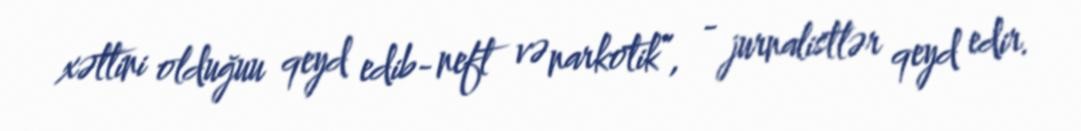
xəttini olduğuu qeyd edib- neft və narkotik”, - jurnalistlər qeyd edir.